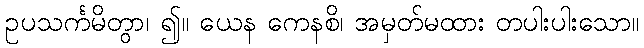
ဥပသင်္ကမိတွာ၊ ၍။ ယေန ကေနစိ၊ အမှတ်မထား တပါးပါးသော။